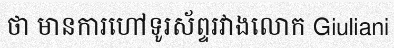
ថា មានការហៅទូរស័ព្ទរវាងលោក Giuliani